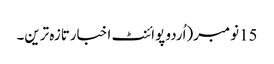
15نومبر(اُردو پوائنٹ اخبارتازہ ترین۔